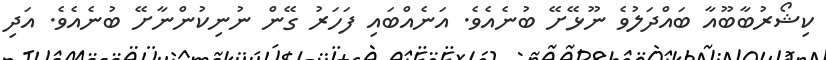
ކިޝޯރުބާބޫއާ ބައްދަލުވެ ނޫޅޭށޭ ބުނެއެވެ. އަނެއްބައި ފަހަރު ގޭން ނުނިކުންނާށޭ ބުނެއެވެ. އަދި